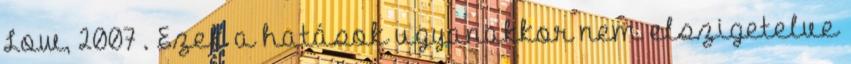
Low, 2007 . Ezek a hatások ugyanakkor nem elszigetelve